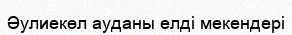
Әулиекөл ауданы елді мекендері